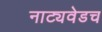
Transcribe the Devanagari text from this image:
नाट्यवेडच